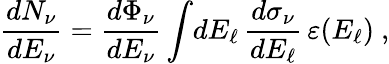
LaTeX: \frac{dN_{\nu}}{dE_{\nu}}=\frac{d\Phi_{\nu}}{dE_{\nu}}\int\! dE_{\ell}\, \frac{d\sigma_{\nu}}{dE_{\ell}}\, \varepsilon(E_{\ell})\ ,